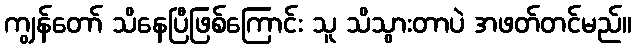
ကျွန်တော် သိနေပြီဖြစ်ကြောင်း သူ သိသွားတာပဲ အဖတ်တင်မည်။